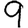
Digit: 9